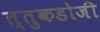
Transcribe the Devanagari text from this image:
त्तुकडोजी